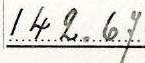
142.67